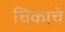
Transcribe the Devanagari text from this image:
चिकाचे